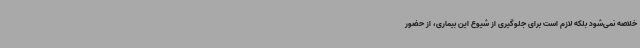
خلاصه نمی‌شود بلکه لازم است برای جلوگیری از شیوع این بیماری، از حضور